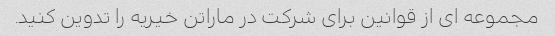
مجموعه ای از قوانین برای شرکت در ماراتن خیریه را تدوین کنید.